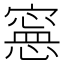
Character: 𡫇